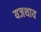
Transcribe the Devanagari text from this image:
यजथाय